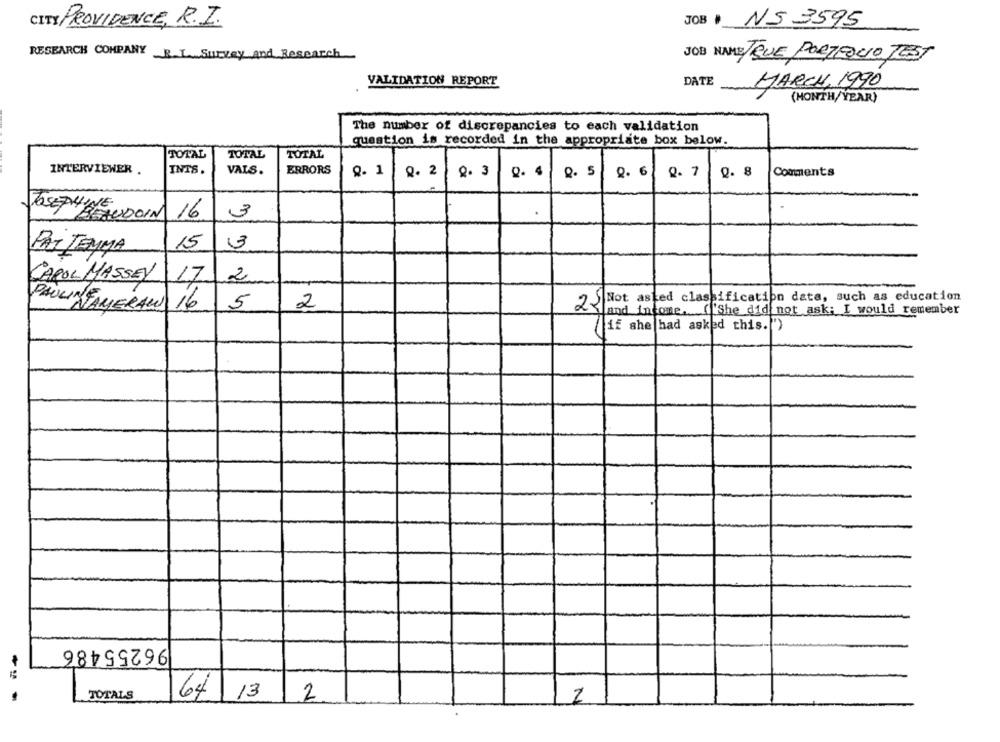
CITY PROVIDENCE, R.I.
JOB NS 3595
RESEARCH COMPANY R.L. Survey and Research
JOB NAME TRUE PORTFOLIO TEST
VALIDATION REPORT
DATE
MARCH, 1990
(MONTH/YEAR)
The number of discrepancies to each validation
question is recorded in the appropriate box below.
TOTAL
TOTAL
TOTAL
INTERVIEWER .
INTS.
VAIS.
ERRORS
9. 1
0. 3
9. 6
0. 8
Q. 2
Q. 5
Q. 7
Comments
JOSEPHINE UDOIN 16
3
.
15
3
PAT TEMMA
2
CAROL MASSEY
17
25 Not asked classification data, such as education
PAULIN FAMIERAUS 16
5
2
and income. ("She did not ask; I would remember
if she had asked this."')
96255486
TOTALS
64 13
2
2